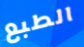
الطبع